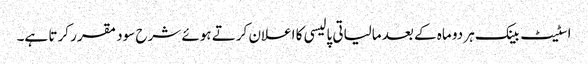
اسٹیٹ بینک ہر دو ماہ کے بعد مالیاتی پالیسی کا اعلان کرتے ہوئے شرح سود مقرر کرتا ہے۔